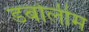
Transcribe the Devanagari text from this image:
डबोलीम